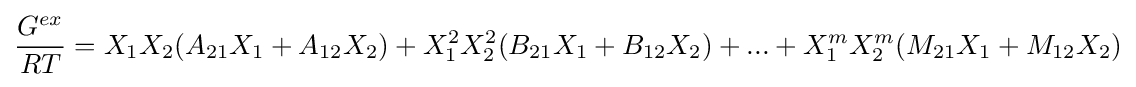
{\frac {G^{ex}}{RT}}=X_{1}X_{2}(A_{21}X_{1}+A_{12}X_{2})+X_{1}^{2}X_{2}^{2}(B_{21}X_{1}+B_{12}X_{2})+...+X_{1}^{m}X_{2}^{m}(M_{21}X_{1}+M_{12}X_{2})